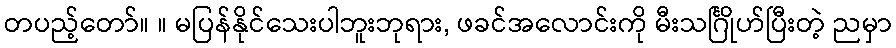
တပည့်တော်။ ။ မပြန်နိုင်သေးပါဘူးဘုရား, ဖခင်အလောင်းကို မီးသင်္ဂြိုဟ်ပြီးတဲ့ ညမှာ